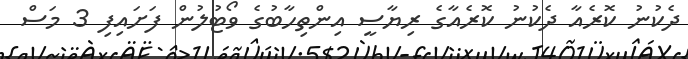
ދެކުނު ކޮރެއާ ދެކުނު ކޮރެއާގެ ރިޔާސީ އިންތިހާބުގެ ވޯޓުލުން ފަށައިފި 3 މަސް